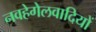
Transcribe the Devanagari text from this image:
नवहेगेलवादियों